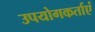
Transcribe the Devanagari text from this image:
उपयोगकर्ताएं